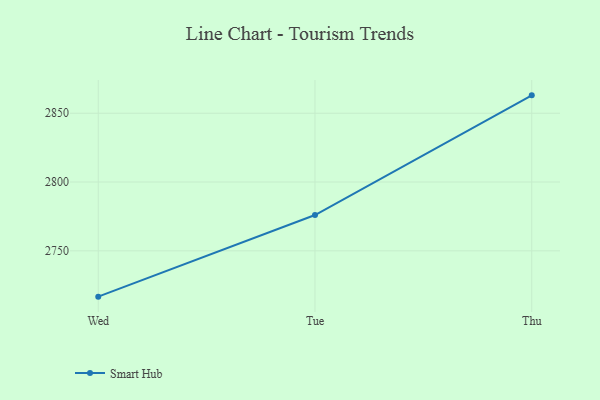
{"axis": {"x": "Day", "y": "Headcount"}, "legend": ["Smart Hub"], "data": [{"x": "Wed", "y": 2716.7, "type": "Smart Hub"}, {"x": "Tue", "y": 2776.0, "type": "Smart Hub"}, {"x": "Thu", "y": 2863.0, "type": "Smart Hub"}]}